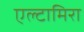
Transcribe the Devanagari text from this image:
एल्टामिरा